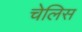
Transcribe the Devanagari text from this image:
चेलिस